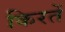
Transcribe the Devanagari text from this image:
किरतें